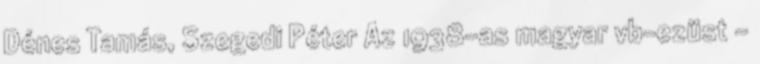
Dénes Tamás, Szegedi Péter Az 1938-as magyar vb-ezüst -